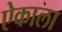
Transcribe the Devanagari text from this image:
ऐकाला